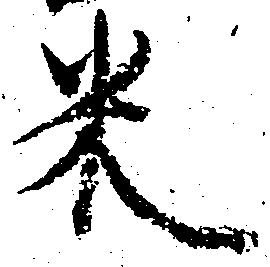
米